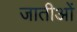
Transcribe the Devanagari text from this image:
जातीओं